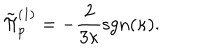
LaTeX: \tilde { \Pi } _ { p } ^ { ( 1 ) } = - \frac { 2 } { 3 \kappa } \mathrm { s g n } ( \kappa ) .